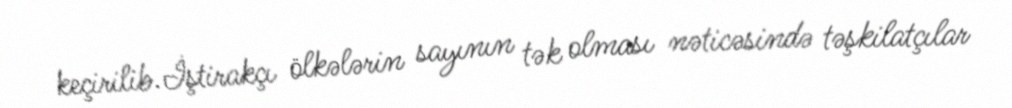
keçirilib.İştirakçı ölkələrin sayının tək olması nəticəsində təşkilatçılar